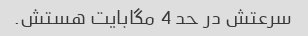
سرعتش در حد 4 مگابایت هستش.